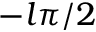
- l \pi / 2